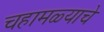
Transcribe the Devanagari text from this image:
चहामळ्याचे